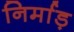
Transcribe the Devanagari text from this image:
निर्माड़